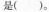
是()。